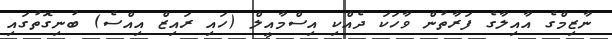
ނާޒިމްގެ އާއިލާގެ ފަރާތުން ވާހަކަ ދެއްކި އިސްމާއީލް (ހައި ރައިޒް އިއްސެ) ބުނިގޮތުގައި